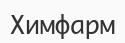
Химфарм